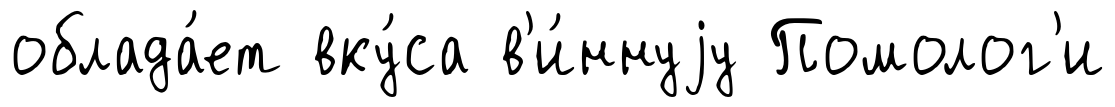
облада́ет вку́са в'и́ннуjу Помолог'и